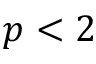
p < 2